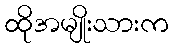
ထိုအမျိုးသားက